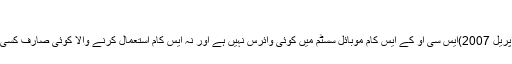
ترجمان ایس سی او
مظفرآباد(اردوپوائنٹ تازہ ترین اخبار 25 اپریل 2007)ایس سی او کے ایس کام موبائل سسٹم میں کوئی وائرس نہیں ہے اور نہ ایس کام استعمال کرنے والا کوئی صارف کسی بھی نوعیت کے پیغام سے متاثر ہوا ہے ۔